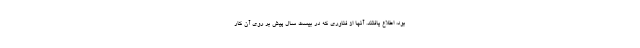
بود، اطلاع یافتند. آنها از فناوری که در بیست سال پیش بر روی آن کار